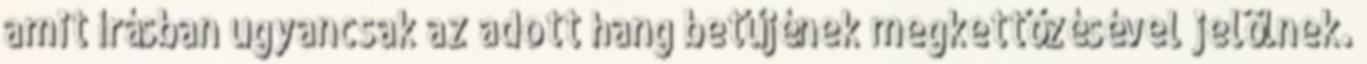
amit írásban ugyancsak az adott hang betűjének megkettőzésével jelölnek.